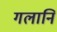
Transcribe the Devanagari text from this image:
गलानि